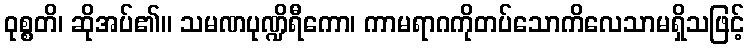
ဝုစ္စတိ၊ ဆိုအပ်၏။ သမဏပုဏ္ဍိရီကော၊ ကာမရာဂကိုတပ်သောကိလေသာမရှိသဖြင့်